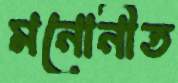
মনোনীত